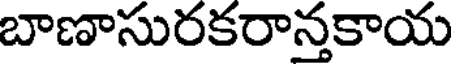
బాణాసురకరాన్తకాయ